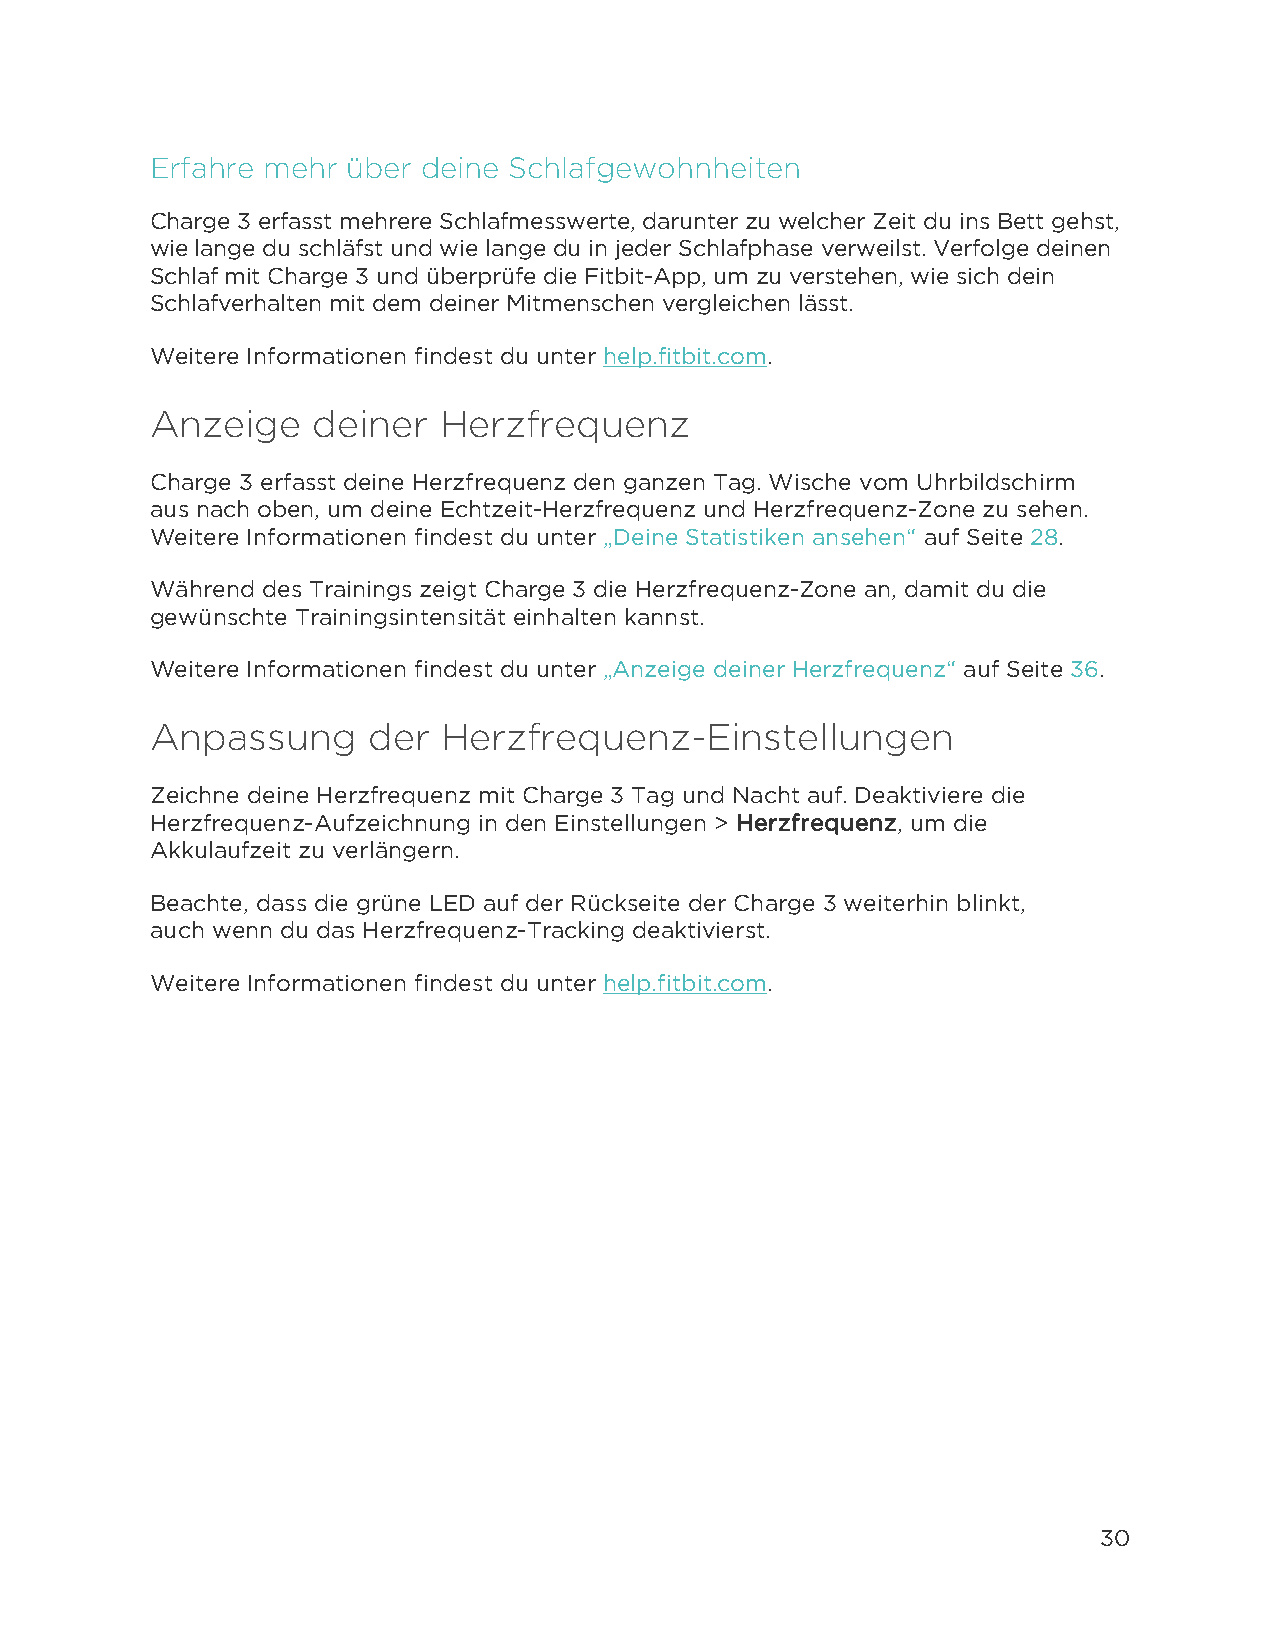
Erfahre mehr über deine Schlafgewohnheiten
 Charge 3 erfasst mehrere Schlafmesswerte, darunter zu welcher Zeit du ins Bett gehst,
 wie lange du schläfst und wie lange du in jeder Schlafphase verweilst. Verfolge deinen
 Schlaf mit Charge 3 und überprüfe die Fitbit-App, um zu verstehen, wie sich dein
 Schlafverhalten mit dem deiner Mitmenschen vergleichen lässt.
 Weitere Informationen findest du unter help.fitbit.com.
 Anzeige    deiner  Herzfrequenz
 Charge 3 erfasst deine Herzfrequenz den ganzen Tag. Wische vom Uhrbildschirm
 aus nach oben, um deine Echtzeit-Herzfrequenz und Herzfrequenz-Zone zu sehen.
 Weitere Informationen findest du unter „Deine Statistiken ansehen“ auf Seite 28.
 Während des Trainings zeigt Charge 3 die Herzfrequenz-Zone an, damit du die
 gewünschte Trainingsintensität einhalten kannst.
 Weitere Informationen findest du unter „Anzeige deiner Herzfrequenz“ auf Seite 36.
 Anpassung     der  Herzfrequenz-Einstellungen
 Zeichne deine Herzfrequenz mit Charge 3 Tag und Nacht auf. Deaktiviere die
 Herzfrequenz-Aufzeichnung in den Einstellungen > Herzfrequenz, um die
 Akkulaufzeit zu verlängern.
 Beachte, dass die grüne LED auf der Rückseite der Charge 3 weiterhin blinkt,
 auch wenn du das Herzfrequenz-Tracking deaktivierst.
 Weitere Informationen findest du unter help.fitbit.com.
 30